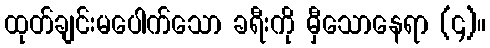
ထုတ်ချင်းမပေါက်သော ခရီးကို မှီသောနေရာ (၄)။